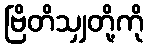
ဗြိတိသျှတို့ကို